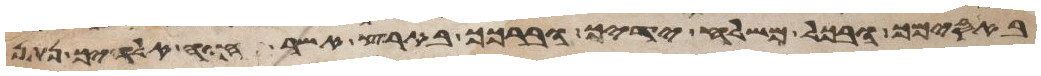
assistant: באסימך ובכל משלח ידיך וברכך בארץ אשר יהוה